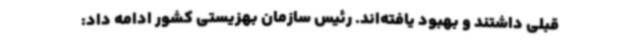
قبلی داشتند و بهبود یافته‌اند. رئیس سازمان بهزیستی کشور ادامه داد: